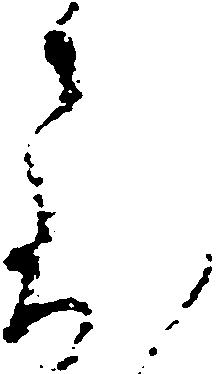
到